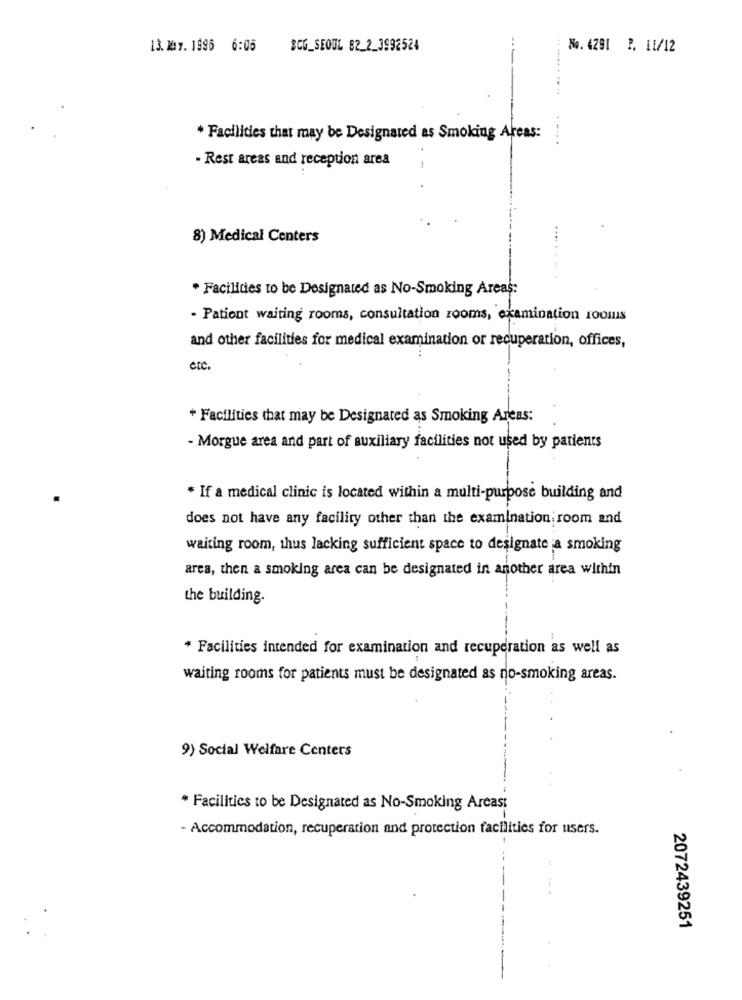
13.247. 1996 6:06
BCG_SEOUL 82_2_3992524
No. 4291 P. 11/12
* Facilities that may be Designated as Smoking Areas:
....
- Rest areas and reception area
8) Medical Centers
* Facilities to be Designated as No-Smoking Areas:
- Patient waiting rooms, consultation rooms, examination rooms
and other facilities for medical examination or recuperation, offices,
etc.
+ Facilities that may be Designated as Smoking Areas:
- Morgue area and part of auxiliary facilities not used by patients
* If a medical clinic is located within a multi-purpose building and
does not have any facility other than the examination room and
waiting room, thus lacking sufficient space to designate ;a smoking
area, then a smoking area can be designated in another area within
the building.
* Facilities intended for examination and recuperation as well as
waiting rooms for patients must be designated as no-smoking areas.
9) Social Welfare Centers
* Facilities to be Designated as No-Smoking Areas:
- Accommodation, recuperation and protection facilities for users.
--
2072439251